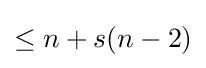
\leq n+s(n-2)